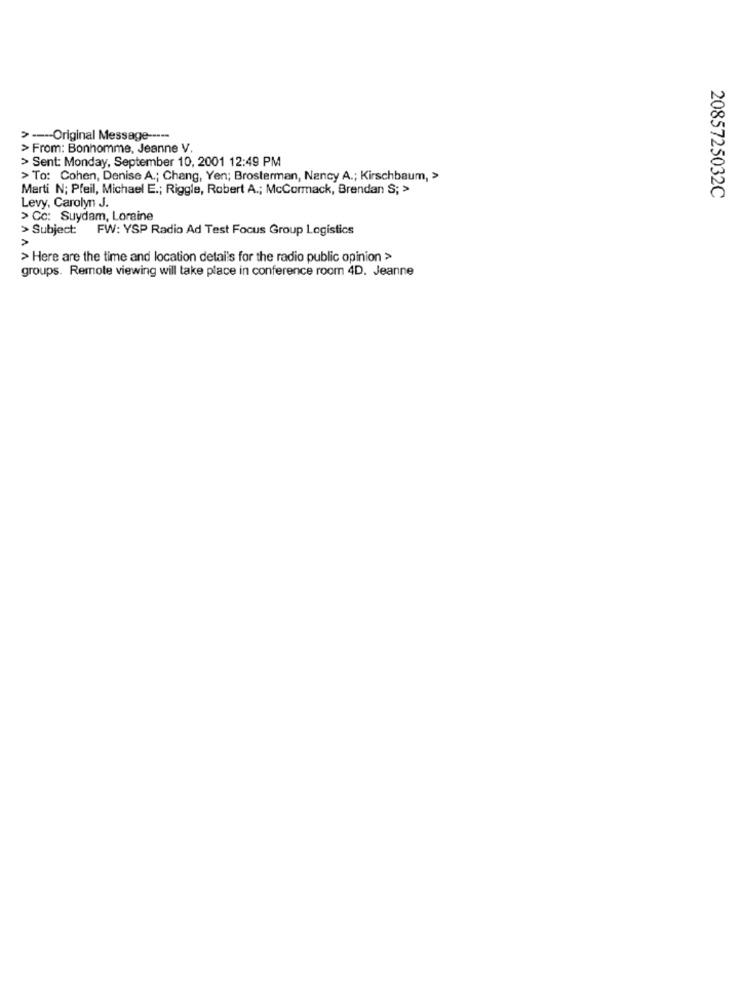
> ---- Original Message -----
> From: Bonhomme, Jeanne V.
> Sent: Monday, September 10, 2001 12:49 PM
> To: Cohen, Denise A .; Chang, Yen; Brosterman, Nancy A .; Kirschbaum, >
Marti N; Pfeil, Michael E .; Riggle, Robert A .; McCormack, Brendan S; >
Levy, Carolyn J.
2085725032C
> Cc: Suydam, Loraine
> Subject: FW: YSP Radio Ad Test Focus Group Logistics
> Here are the time and location detai's for the radio public opinion >>
groups. Remote viewing will take place in conference room 4D. Jeanne